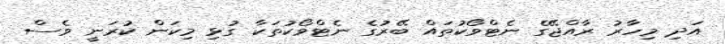
އަދި މިހާރު ރާއްޖޭގެ ނެޓްވޯކުތައް ބޭރުގެ ނެޓްވޯކުތަކާ ގުޅި މިކަން ކުރަނީ ވެސް